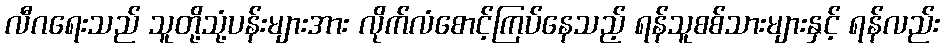
လီဂရေးသည် သူတို့သုံ့ပန်းများအား လိုက်လံစောင့်ကြပ်နေသည့် ရန်သူစစ်သားများနှင့် ရန်လည်း